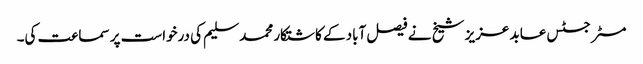
مسٹر جسٹس عابد عزیز شیخ نے فیصل آباد کے کاشتکار محمد سلیم کی درخواست پر سماعت کی۔